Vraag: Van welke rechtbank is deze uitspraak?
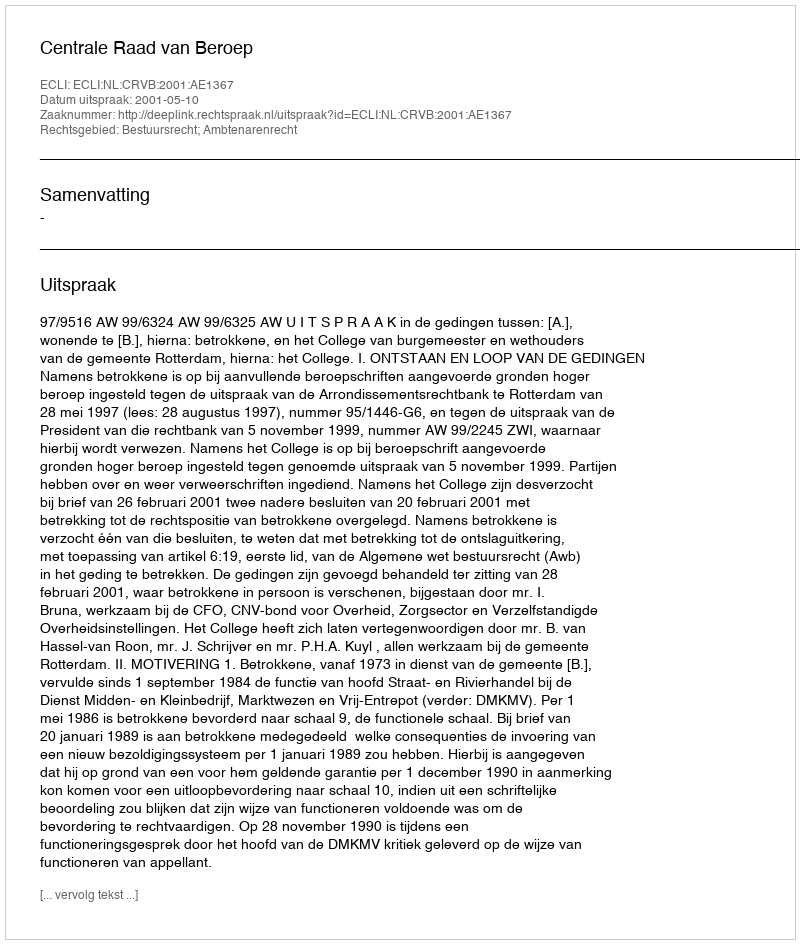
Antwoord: Centrale Raad van Beroep